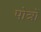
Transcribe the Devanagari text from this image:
पोत्रों